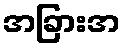
အခြားအ